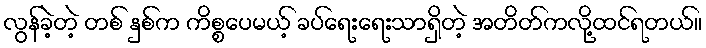
လွန်ခဲ့တဲ့ တစ် နှစ်က ကိစ္စပေမယ့် ခပ်ရေးရေးသာရှိတဲ့ အတိတ်ကလို့ထင်ရတယ်။